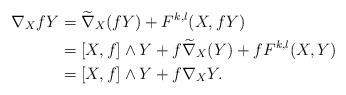
LaTeX: \begin{align*}\nabla_X fY&=\widetilde{\nabla}_X(fY)+F^{k,l}(X,fY)\\&=[X,f]\wedge Y+f\widetilde{\nabla}_X(Y)+fF^{k,l}(X,Y)\\&=[X,f]\wedge Y+f\nabla_X Y.\end{align*}